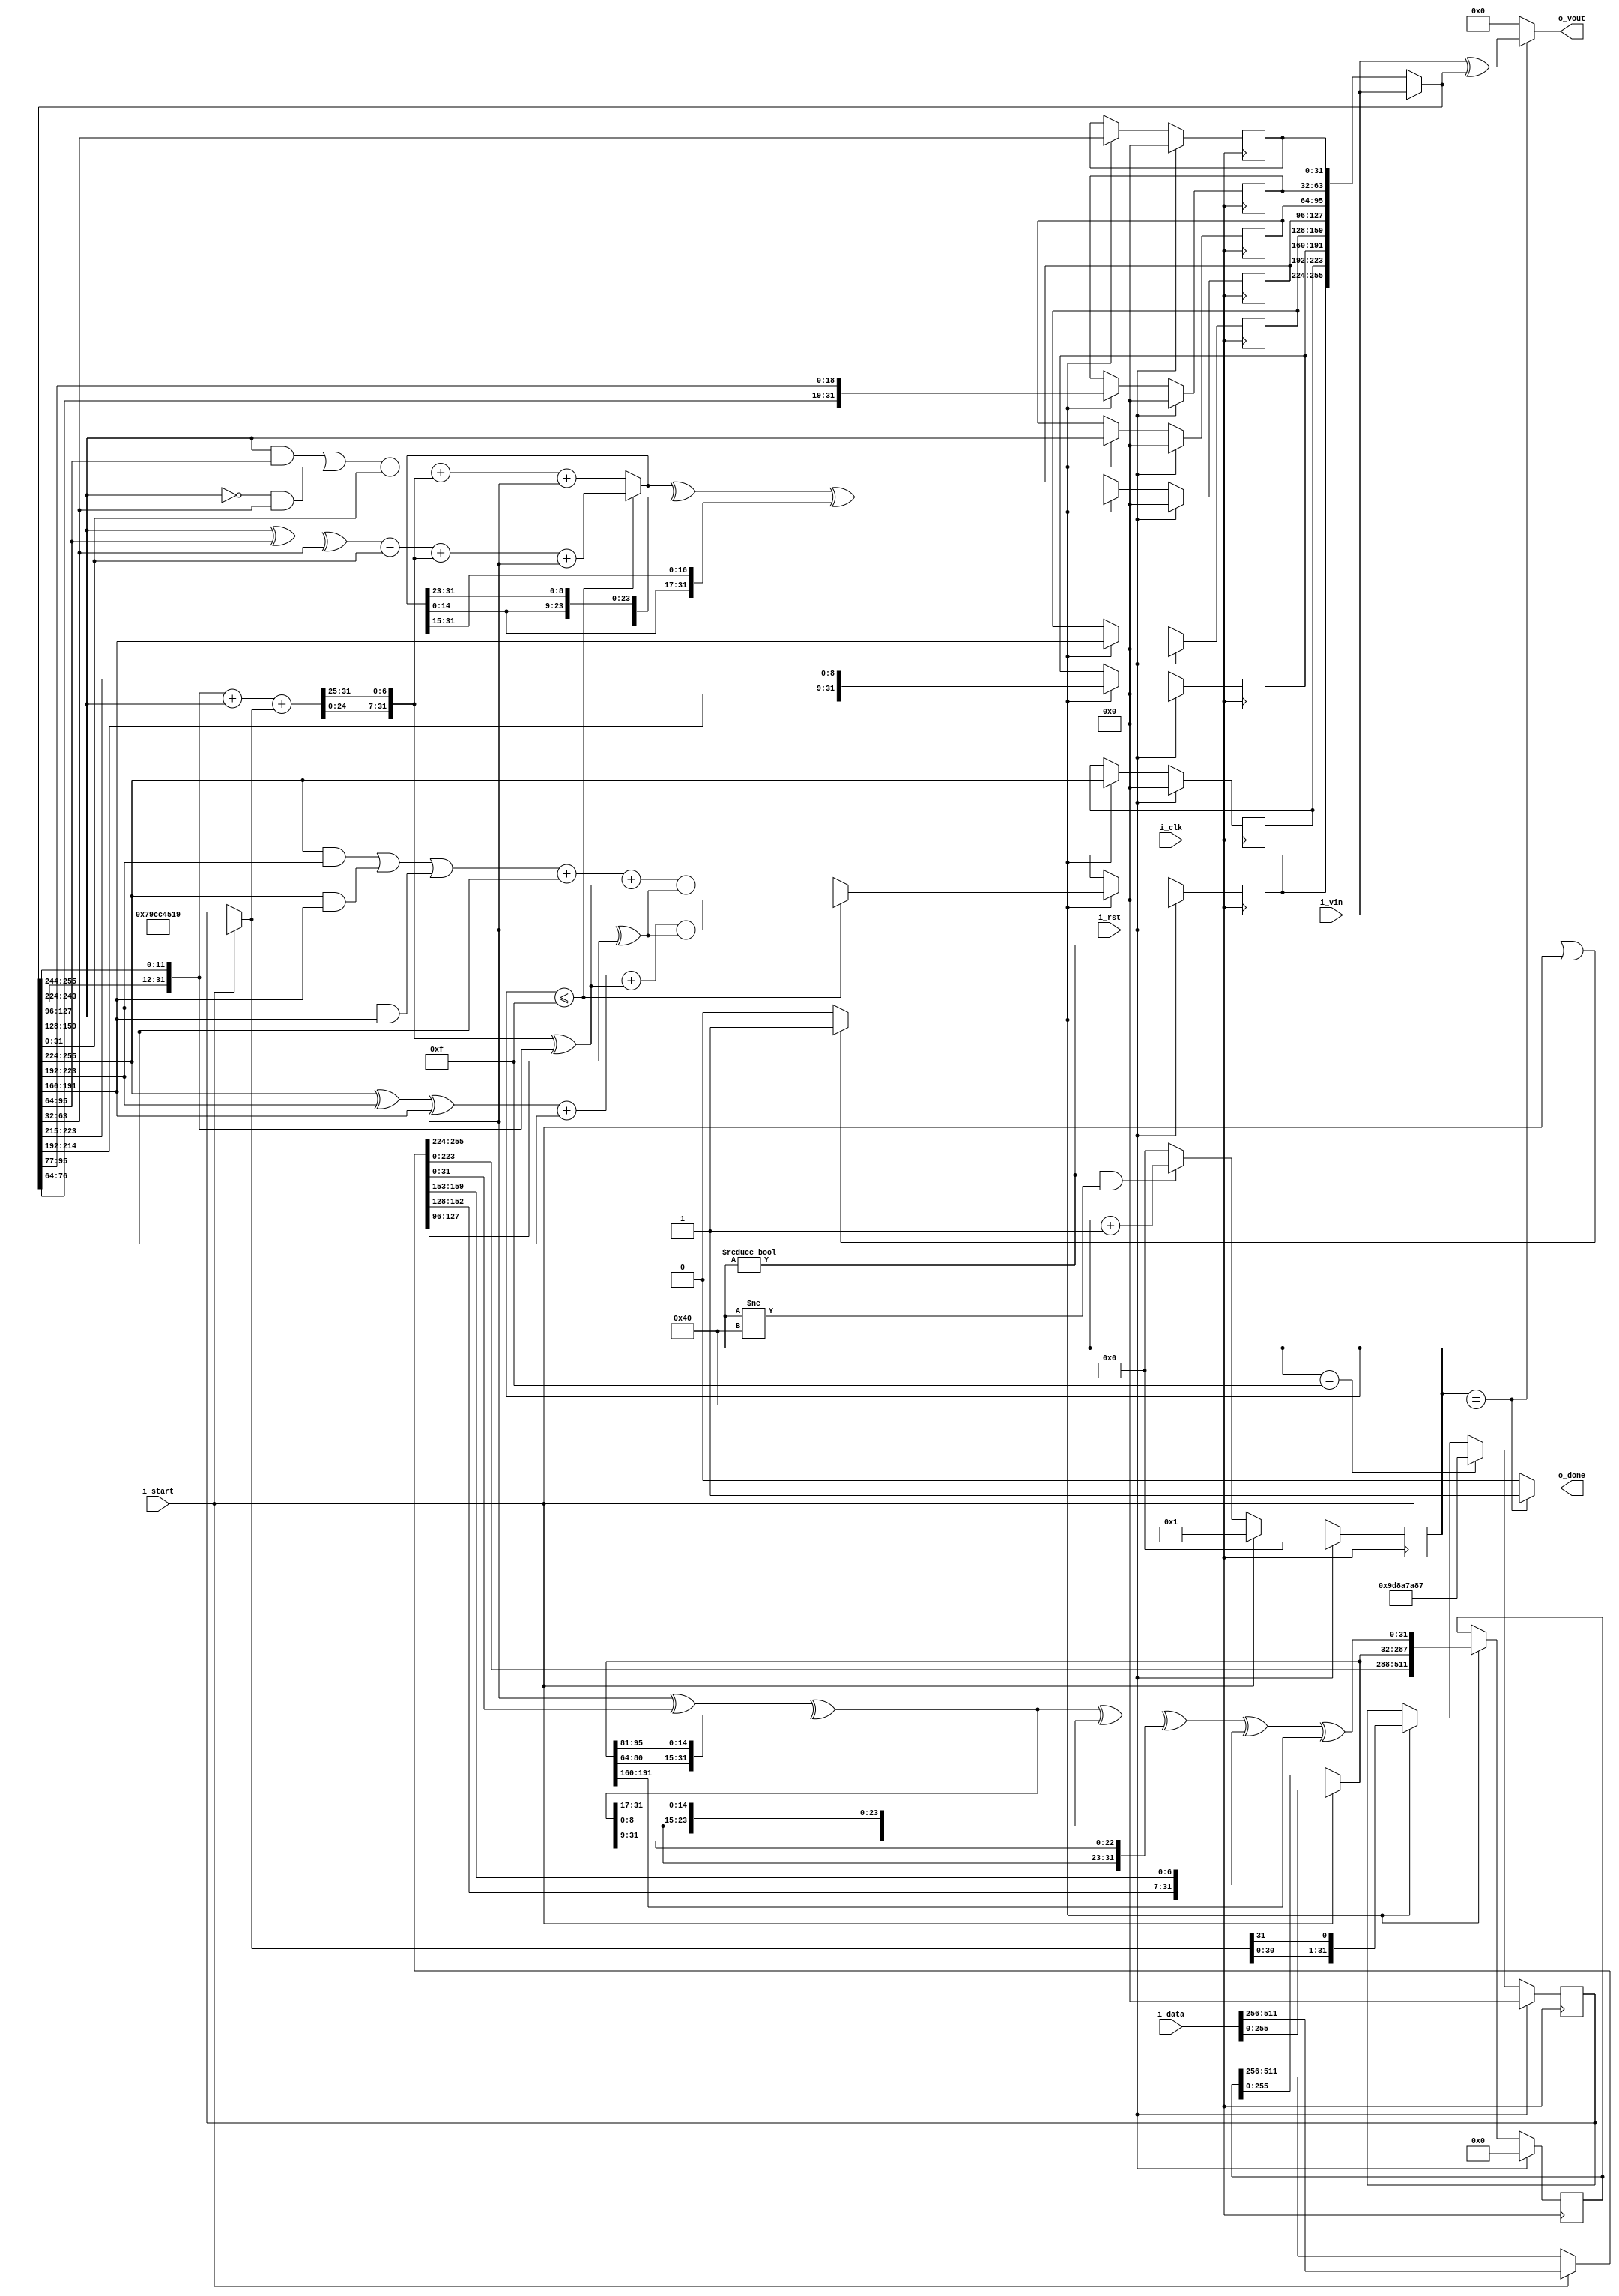
/*  
Copyright 2019 XCrypt Studio                
																	 
Licensed under the Apache License, Version 2.0 (the "License");         
you may not use this file except in compliance with the License.        
You may obtain a copy of the License at                                 
																	 
 http://www.apache.org/licenses/LICENSE-2.0                          
																	 
Unless required by applicable law or agreed to in writing, software    
distributed under the License is distributed on an "AS IS" BASIS,       
WITHOUT WARRANTIES OR CONDITIONS OF ANY KIND, either express or implied.
See the License for the specific language governing permissions and     
limitations under the License.                                          
*/  

// ------------------------------------------------------------------------------
// Function         :   SM3 Hash Algorithm Core
// ------------------------------------------------------------------------------
// Version            v-1.1
// ------------------------------------------------------------------------------

`timescale 1ns / 1ps

module sm3_core(
	input 			i_clk,      //clock 
	input			i_rst,      //reset high valid
	input			i_start,    //high valid(only one clock)
	input	[511:0]	i_data,		//hash data input
	input	[255:0]	i_vin,		//hash init value input(not change before o_done valid)
	output	[255:0]	o_vout,     //hash value output   
	output			o_done);    //high valid(only one clock) 

	localparam DLY = 1;
	
	wire	[31:0]	A,B,C,D,E,F,G,H;
	wire	[31:0]	W0,W1,W2,W3,W4,W5,W6,W7,W8,W9,W10,W11,W12,W13,W14,W15;
	wire	[31:0]	W16x,W16,W0j,SS1x,SS1,SS2,TT1,TT2,Tjl;
	reg 	[31:0]	r_A,r_B,r_C,r_D,r_E,r_F,r_G,r_H,r_Tjl;
	reg 	[511:0]	r_W;
	reg 	[6:0]	r_cnt;
	wire 			s_busy;
	
	assign {A,B,C,D,E,F,G,H} = i_start ? i_vin : {r_A,r_B,r_C,r_D,r_E,r_F,r_G,r_H};
	
	assign {W0,W1,W2,W3,W4,W5,W6,W7} = i_start ? i_data[511:256]:r_W[511:256];
	assign {W8,W9,W10,W11,W12,W13,W14,W15} = i_start ? i_data[255:0]:r_W[255:0];
	
	assign W16x = W0^W7^{W13[16:0],W13[31:17]};
	assign W16 = (W16x^{W16x[16:0],W16x[31:17]}^{W16x[8:0],W16x[31:9]})^{W3[24:0],W3[31:25]}^W10;
	assign W0j = W0^W4;
	assign Tjl = i_start ? 32'h79cc4519 : r_Tjl;
	assign SS1x =  {A[19:0],A[31:20]} + E + Tjl;
	assign SS1 = {SS1x[24:0],SS1x[31:25]};  
	assign SS2 = SS1^{A[19:0],A[31:20]};
	assign TT1 = (r_cnt<=7'd15) ? ((A^B^C)+D+SS2+W0j) : (((A&B)|(A&C)|(B&C))+D+SS2+W0j);
	assign TT2 = (r_cnt<=7'd15) ? ((E^F^G)+H+SS1+W0) : (((E&F)|((~E)&G))+H+SS1+W0);
	
	always@(posedge i_clk) begin
		if(i_rst) begin
			r_A <= #DLY 32'd0;
			r_B <= #DLY 32'd0;
			r_C <= #DLY 32'd0;
			r_D <= #DLY 32'd0;
			r_E <= #DLY 32'd0;
			r_F <= #DLY 32'd0;
			r_G <= #DLY 32'd0;
			r_H <= #DLY 32'd0;
		end else if(s_busy) begin
			r_D <= #DLY C;
			r_C <= #DLY {B[22:0],B[31:23]};
			r_B <= #DLY A;
			r_A <= #DLY TT1;
			r_H <= #DLY G;
			r_G <= #DLY {F[12:0],F[31:13]};
			r_F <= #DLY E;
			r_E <= #DLY (TT2^{TT2[22:0],TT2[31:23]}^{TT2[14:0],TT2[31:15]});
		end
	end
	
	always@(posedge i_clk) begin
		if(i_rst) 
			r_W <= #DLY 512'd0;
		else if(s_busy)
			r_W <= #DLY {W1,W2,W3,W4,W5,W6,W7,W8,W9,W10,W11,W12,W13,W14,W15,W16};
	end 
	
	always@(posedge i_clk) begin
		if(i_rst)
			r_cnt <= #DLY 7'd0;
		else if(i_start)
			r_cnt <= #DLY 7'd1;
		else if((r_cnt!=7'd0)&&(r_cnt!=7'd64))  
			r_cnt <= #DLY r_cnt + 7'd1;
		else 
			r_cnt <= #DLY 7'd0;
	end
	
	always@(posedge i_clk) begin
		if(i_rst)
			r_Tjl <= #DLY 32'h0;
		else if(r_cnt==7'd15)
			r_Tjl <= #DLY 32'h9d8a7a87;  //32'h7a879d8a<<16;
		else if(s_busy)
			r_Tjl <= #DLY {Tjl[30:0],Tjl[31]};
	end
	
	assign s_busy = ((r_cnt!=7'd0)||(i_start==1'b1)) ? 1'b1 : 1'b0;
	assign o_done = (r_cnt==7'd64) ? 1'b1:1'b0;
	assign o_vout = (r_cnt==7'd64) ? i_vin^{A,B,C,D,E,F,G,H} : 256'b0;
	
endmodule